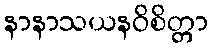
နာနာသယနဝိစိတ္တာ